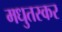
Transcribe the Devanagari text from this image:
मधुतस्कर